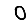
Digit: 0